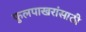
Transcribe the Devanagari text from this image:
फुलपाखरांसाठी